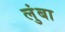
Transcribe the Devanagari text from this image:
लुंबा